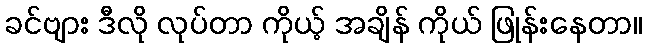
ခင်ဗျား ဒီလို လုပ်တာ ကိုယ့် အချိန် ကိုယ် ဖြုန်းနေတာ။